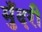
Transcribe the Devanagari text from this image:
मुँदरी